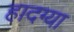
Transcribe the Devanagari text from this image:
हादग्या